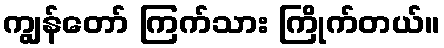
ကျွန်တော် ကြက်သား ကြိုက်တယ်။